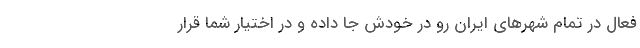
فعال در تمام شهرهای ایران رو در خودش جا داده و در اختیار شما قرار